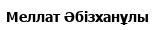
Меллат Әбізханұлы